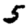
Digit: 5